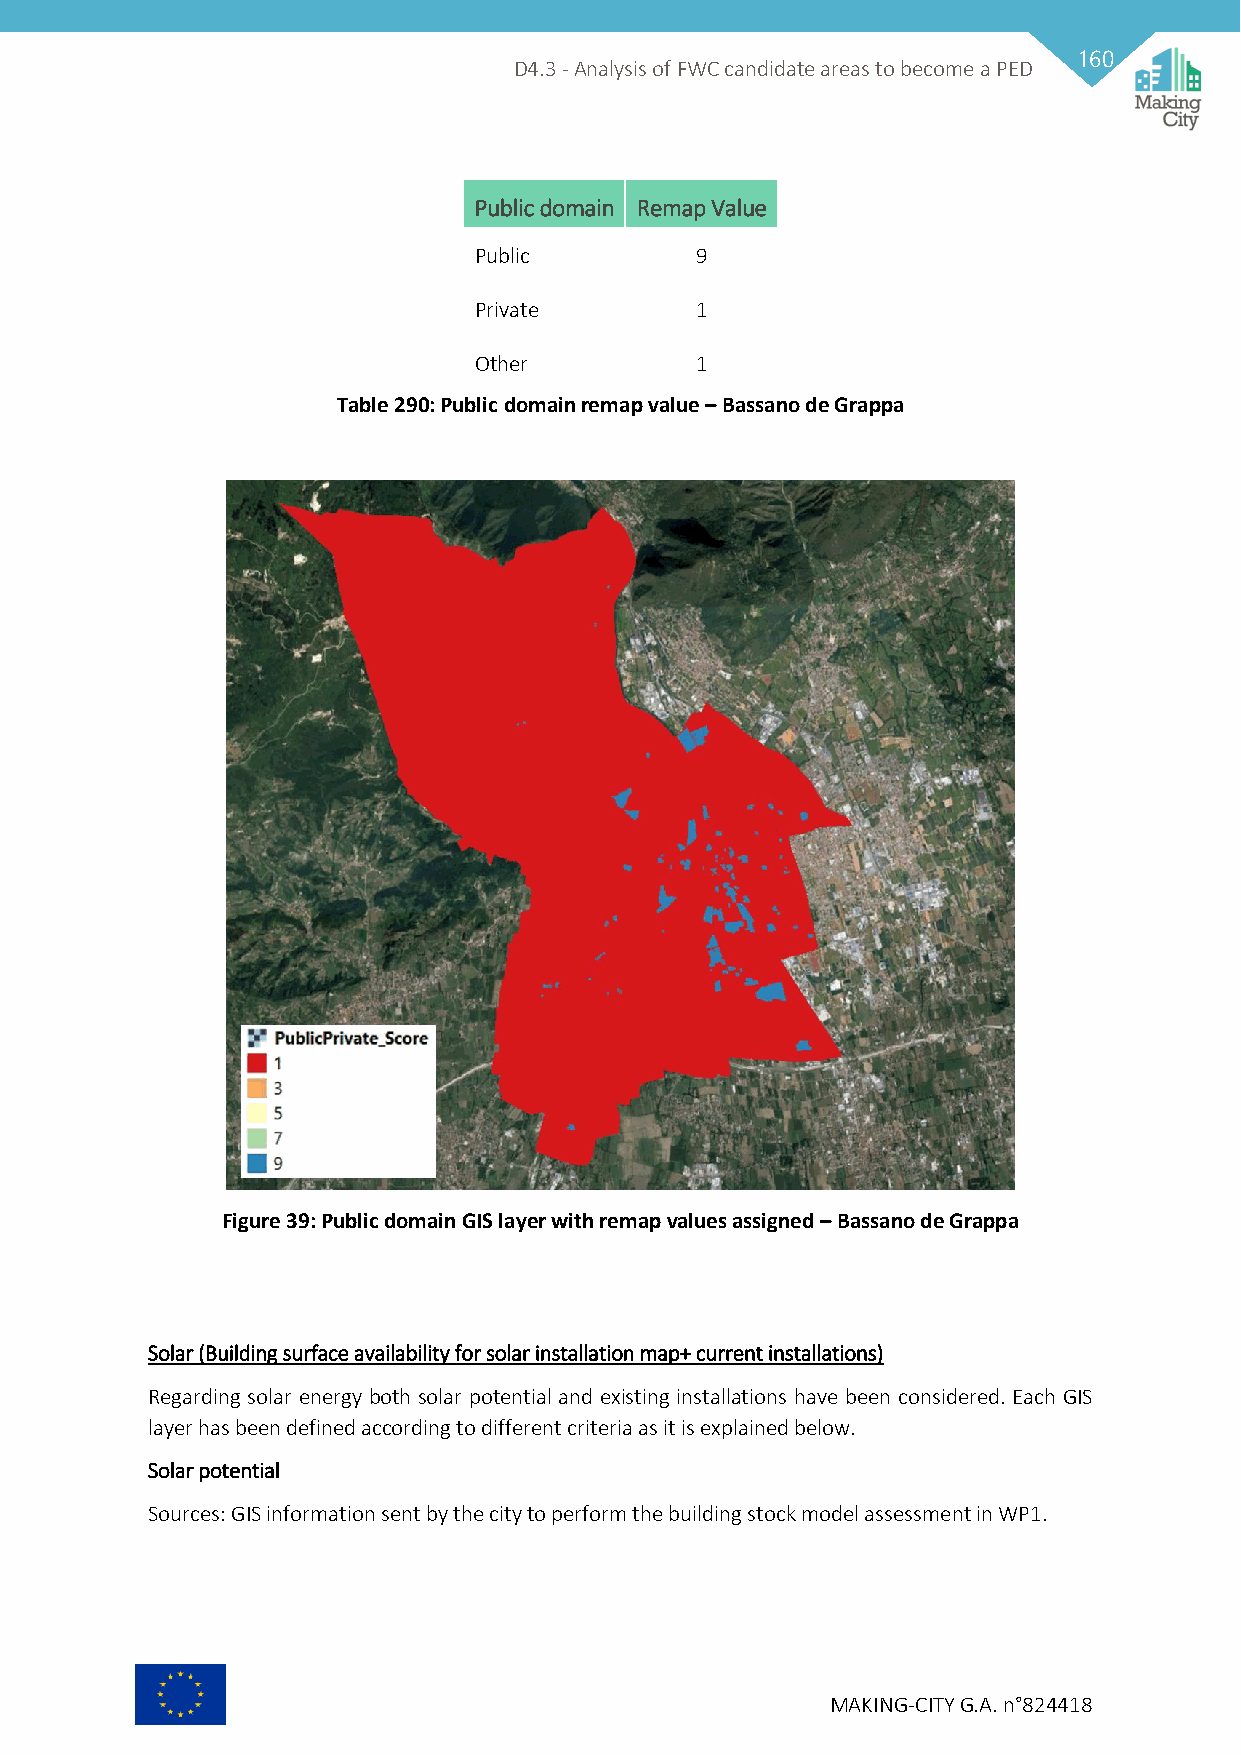
160
 D4.3 - Analysis of FWC candidate areas to become a PED
 Public domain Remap Value
 Public         9
 Private        1
 Other          1
 Table 290: Public domain remap value – Bassano de Grappa
 Figure 39: Public domain GIS layer with remap values assigned – Bassano de Grappa
 Solar (Building surface availability for solar installation map+ current installations)
 Regarding solar energy both solar potential and existing installations have been considered. Each GIS
 layer has been defined according to different criteria as it is explained below.
 Solar potential
 Sources: GIS information sent by the city to perform the building stock model assessment in WP1.
 MAKING-CITY G.A. n°824418